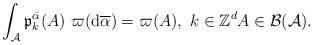
LaTeX: \begin{align*}\int_{\mathcal{A}}\mathfrak{p}_{k}^{\bar{\alpha}}(A)~\varpi (\mathrm{d}\overline{\alpha })=\varpi (A),\ k\in \mathbb{Z}^{d}A\in\mathcal{B}(\mathcal{A}). \end{align*}